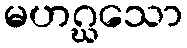
မဟဂ္ဃသော